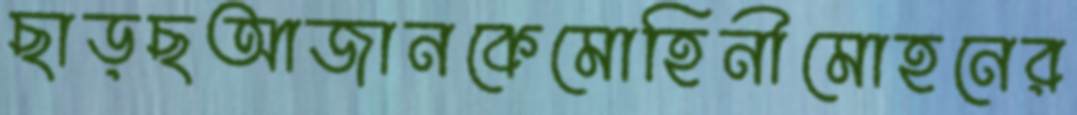
ছাড়ছআজানকেমোহিনীমোহনের